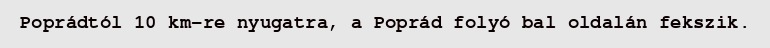
Poprádtól 10 km-re nyugatra, a Poprád folyó bal oldalán fekszik.